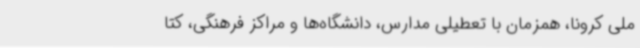
ملی کرونا، همزمان با تعطیلی مدارس، دانشگاه‌ها و مراکز فرهنگی، کتا